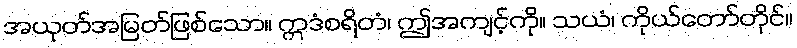
အယုတ်အမြတ်ဖြစ်သော။ ဣဒံစရိတံ၊ ဤအကျင့်ကို။ သယံ၊ ကိုယ်တော်တိုင်။